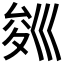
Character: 𭘁